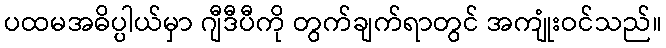
ပထမအဓိပ္ပါယ်မှာ ဂျီဒီပီကို တွက်ချက်ရာတွင် အကျုံးဝင်သည်။